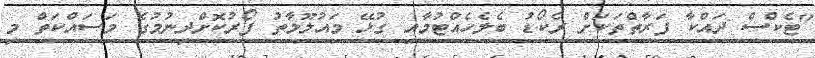
"ޓެކްސް ދައްކާ ފަރާތްތަކަށް ރެކޯޑު ބެލެހެއްޓުމާއި ގުޅޭ މައުލޫމާތު ފޯރުކޮށްދިނުމުގެ މަސައްކަތް މި